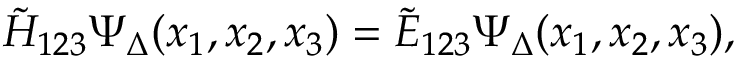
\tilde { H } _ { 1 2 3 } \Psi _ { \Delta } ( x _ { 1 } , x _ { 2 } , x _ { 3 } ) = \tilde { E } _ { 1 2 3 } \Psi _ { \Delta } ( x _ { 1 } , x _ { 2 } , x _ { 3 } ) ,